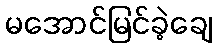
မအောင်မြင်ခဲ့ချေ